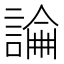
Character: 𧪺